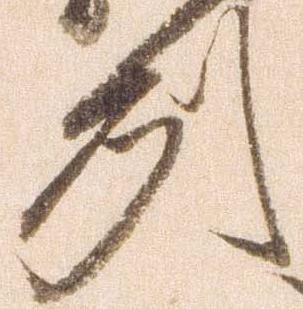
州